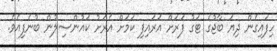
ހިފައިގެން ދިޔަ ބާޖުގެ ޓަގު ފަރަށް އަރައިފި ކަމަށް އެރަށު ކައުންސިލުން ބުނެފިއެވެ.